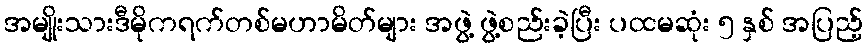
အမျိုးသားဒီမိုကရက်တစ်မဟာမိတ်များ အဖွဲ့ ဖွဲ့စည်းခဲ့ပြီး ပထမဆုံး ၅ နှစ် အပြည့်